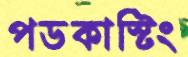
পডকাস্টিং